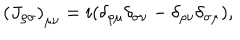
\left( { J _ { \rho \sigma } } \right) _ { \mu \nu } = i ( \delta _ { \rho \mu } \delta _ { \sigma \nu } - \delta _ { \rho \nu } \delta _ { \sigma \mu } ) ,